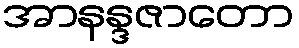
အာနန္ဒဇာတော